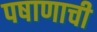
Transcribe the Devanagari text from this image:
पषाणाची